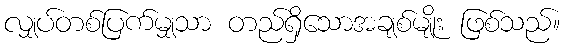
လျှပ်တစ်ပြက်မျှသာ တည်ရှိသောအချစ်မျိုး ဖြစ်သည်။